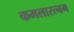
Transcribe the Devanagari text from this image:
कमलारत्नम